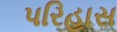
પરિહાસ